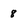
Character: 8